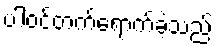
ပါဝင်တက်ရောက်ခဲ့သည်